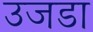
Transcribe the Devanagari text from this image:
उजडा